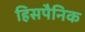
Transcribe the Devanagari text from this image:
हिसपैनिक